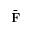
\bar { \bf F }